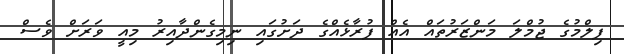
ފިލްމުގެ ޖުމްލަ މަންޒަރުތައް އެއް ފުރާޅެއްގެ ދަށުގައި ނިމިގެންދާއިރު މިއީ ވަރަށް ވެސް